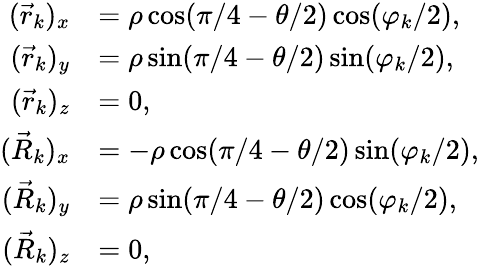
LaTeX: \begin{array}{rl}{(\vec{r}_{k})_{x}}&{=\rho\cos(\pi/4-\theta/2)\cos(\varphi_{k}/2),}\\ {(\vec{r}_{k})_{y}}&{=\rho\sin(\pi/4-\theta/2)\sin(\varphi_{k}/2),}\\ {(\vec{r}_{k})_{z}}&{=0,}\\ {(\vec{R}_{k})_{x}}&{=-\rho\cos(\pi/4-\theta/2)\sin(\varphi_{k}/2),}\\ {(\vec{R}_{k})_{y}}&{=\rho\sin(\pi/4-\theta/2)\cos(\varphi_{k}/2),}\\ {(\vec{R}_{k})_{z}}&{=0,}\end{array}